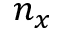
n _ { x }